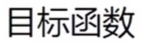
目标函数